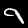
Digit: 9